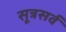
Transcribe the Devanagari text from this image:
सूत्रसर्व